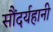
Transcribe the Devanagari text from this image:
सौंदर्यहानी